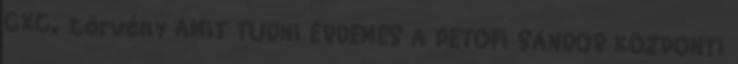
CXC. törvény AMIT TUDNI ÉRDEMES A PETŐFI SÁNDOR KÖZPONTI